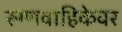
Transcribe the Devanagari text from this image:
रुग्णवाहिकेवर